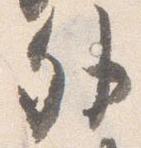
外